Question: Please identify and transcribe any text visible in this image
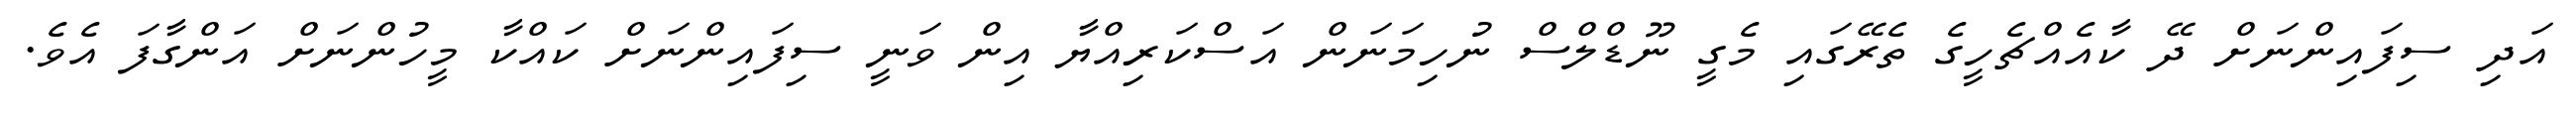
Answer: އަދި ސިފައިންނަށް ދޭ ކާއެއްޗެހީގެ ތެރޭގައި މެގީ ނޫޑްލްސް ނުހިމަނަން އަސްކަރިއްޔާ އިން ވަނީ ސިފައިންނަށް ކައްކާ މީހުންނަށް އަންގާފަ އެވެ.